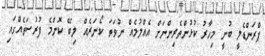
ޕްރަންޑެލީ ބުނީ މިހާރު ކުޅުންތެރިންނަށް އެއްލުމެއް ނުވަތަ ކޯނަރެއް ލިބޭ ކޮންމެ ފުރުސަތެއްގައި